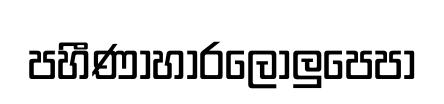
පහීණාහාරලොලුපෙපා